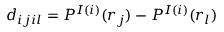
d _ { i j i l } = P ^ { I ( i ) } ( r _ { j } ) - P ^ { I ( i ) } ( r _ { l } )